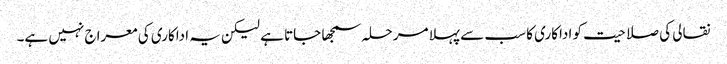
نقالی کی صلاحیت کو اداکاری کا سب سے پہلا مرحلہ سمجھا جاتا ہے لیکن یہ اداکاری کی معراج نہیں ہے۔